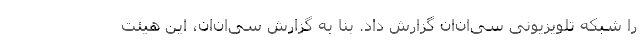
را شبکه تلویزیونی سی‌ان‌ان گزارش داد. بنا به گزارش سی‌ان‌ان، این هیئت